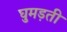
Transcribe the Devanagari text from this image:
घुमड़ती